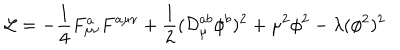
LaTeX: { \cal L } = - \frac { 1 } { 4 } F _ { \mu \nu } ^ { a } F ^ { a \mu \nu } + \frac { 1 } { 2 } ( { \cal D } _ { \mu } ^ { a b } \phi ^ { b } ) ^ { 2 } + \mu ^ { 2 } \phi ^ { 2 } - \lambda ( \phi ^ { 2 } ) ^ { 2 }